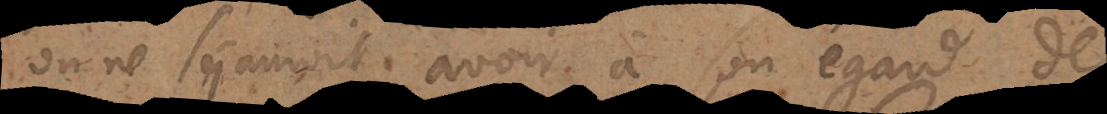
on ne sçauroit avoir à son égard de